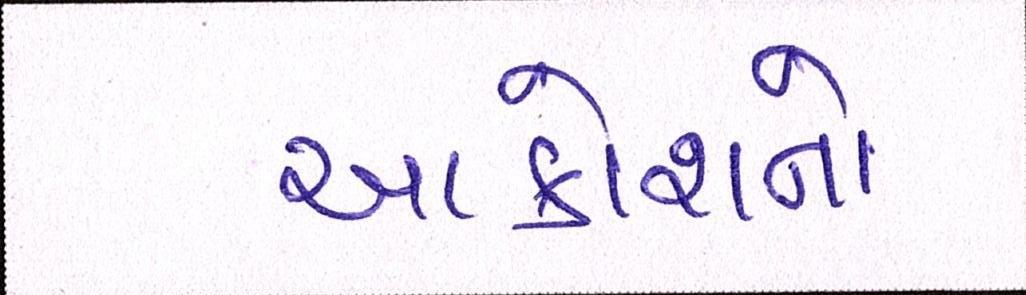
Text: આક્રોશનો